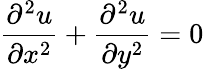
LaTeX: {\frac{\partial^{2}u}{\partial x^{2}}}+{\frac{\partial^{2}u}{\partial y^{2}}}=0